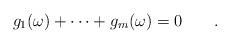
LaTeX: \begin{align*} g_1(\omega) + \cdots + g_m(\omega) = 0 \qquad.\end{align*}